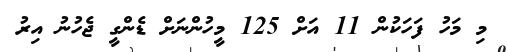
މި މަހު ފަހަކުން 11 އަށް 125 މީހުންްނަށް ޑެންގީ ޖެހުނު އިރު